Malaria in the Punjab - Number 46
Disease focus: Malaria
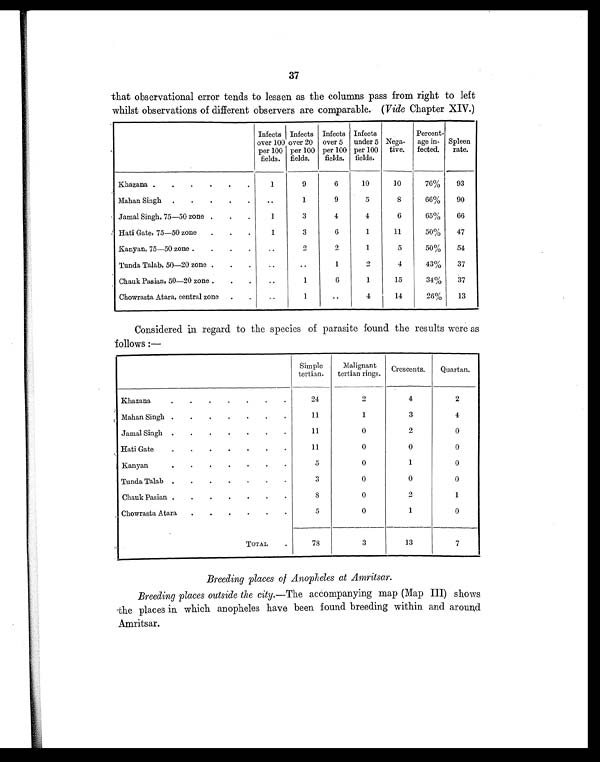
37
that observational error tends to lessen as the columns pass from right to left
whilst observations of different observers are comparable. ( Vide Chapter XIV.)
Infects
over 100
per 100
fields.
Infects
over 20
per 100
fields.
Infects
over 5
per 100
fields.
Infects
under 5
per 100
fields.
Nega-
tive.
Percent-
age in-
fected.
Spleen
rate.
Khazana .
.
.
.
.
.
1
9
6
10
10
76%
93
Mahan Singh .
.
.
.
.
..
1
9
5
8 66%
90
Jamal Singh, 75—50 zone .
.
.
1
3
4
4
6
65%
66
Hati Gate, 75—50 zone .
.
.
1
3
6
1
11
50%
47
Kanyan, 75—50 zone .
.
.
.
..
2
2
1
5
50%
54
Tunda Talab, 50—20 zone .
.
.
. .
..
1
2
4
43%
37
Chauk Pasian, 50—20 zone .
.
.
..
1
6
1
15
34%
37
Chowrasta Atara, central zone .
.
..
1
..
4
14
26%
13
Considered in regard to the species of parasite found the results were as
follows:—
Simple
tertian.
Malignant
tertian rings. Crescents.
Quartan.
Khazana
.
.
.
.
.
.
.
24
2
4
2
Mahan Singh .
.
.
.
.
.
.
11
1
3
4
Jamal Singh
. .
.
.
.
.
.
11
0
2
0
Hati Gate
.
.
.
.
. .
.
11
0
0
0
Kanyan
.
.
.
.
.
.
.
5
0
1
0
Tunda Talab .
.
.
.
.
.
.
3
0
0
0
Chauk Pasian .
.
.
.
.
.
.
8
0
2
1
Chowrasta Atara .
.
.
.
.
.
5
0
1
0
TOTAL
.
78
3
13
7
Breeding places of Anopheles at Amritsar.
Breeding places outside the city. —The accompanying map (Map III) shows
the places in which anopheles have been found breeding within and around
Amritsar.